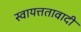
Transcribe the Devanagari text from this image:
स्वायत्ततावादी